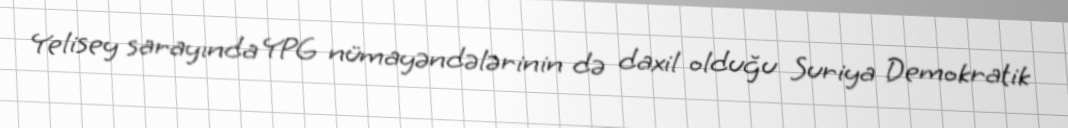
Yelisey sarayında YPG nümayəndələrinin də daxil olduğu Suriya Demokratik